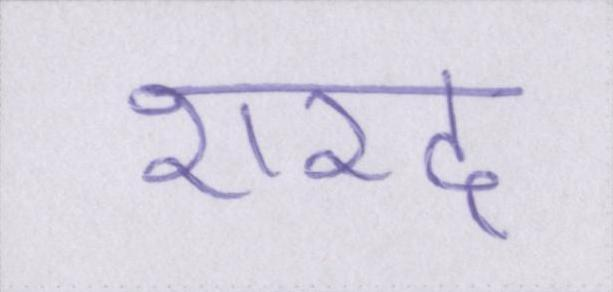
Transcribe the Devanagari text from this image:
शरद